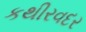
કથીરવદર